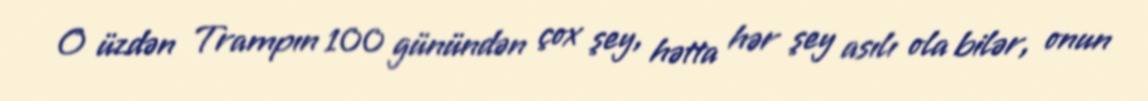
O üzdən Trampın 100 günündən çox şey, hətta hər şey asılı ola bilər, onun